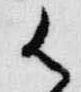
御